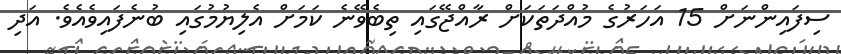
ސިފައިންނަށް 15 އަހަރުގެ މުއްދަތަކަށް ރާއްޖޭގައި ތިބެވޭނެ ކަމަށް އެލިޔުމުގައި ބުނެފައިވެއެވެ. އަދި